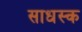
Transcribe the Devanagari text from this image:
साधस्क